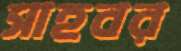
সাহবর